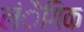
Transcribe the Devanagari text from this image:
लंैगिक